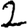
Digit: 2